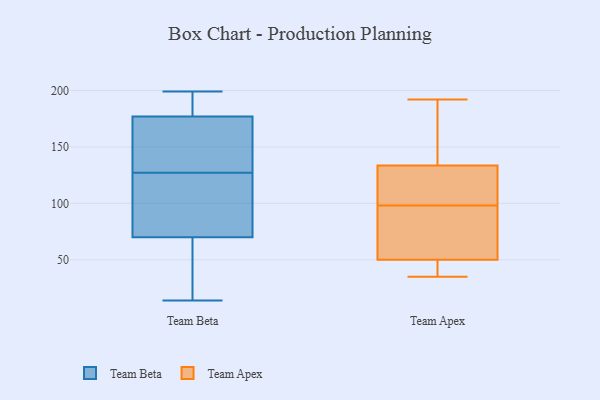
{"axis": {"x": "Humidity (%)", "y": "Value"}, "legend": ["Team Apex", "Team Beta"], "data": [{"x": "", "y": 199, "type": "Team Beta"}, {"x": "", "y": 111, "type": "Team Beta"}, {"x": "", "y": 124, "type": "Team Beta"}, {"x": "", "y": 26, "type": "Team Beta"}, {"x": "", "y": 170, "type": "Team Beta"}, {"x": "", "y": 198, "type": "Team Beta"}, {"x": "", "y": 70, "type": "Team Beta"}, {"x": "", "y": 130, "type": "Team Beta"}, {"x": "", "y": 177, "type": "Team Beta"}, {"x": "", "y": 194, "type": "Team Beta"}, {"x": "", "y": 14, "type": "Team Beta"}, {"x": "", "y": 178, "type": "Team Beta"}, {"x": "", "y": 121, "type": "Team Beta"}, {"x": "", "y": 157, "type": "Team Beta"}, {"x": "", "y": 58, "type": "Team Beta"}, {"x": "", "y": 101, "type": "Team Beta"}, {"x": "", "y": 142, "type": "Team Beta"}, {"x": "", "y": 56, "type": "Team Beta"}, {"x": "", "y": 98, "type": "Team Apex"}, {"x": "", "y": 35, "type": "Team Apex"}, {"x": "", "y": 41, "type": "Team Apex"}, {"x": "", "y": 107, "type": "Team Apex"}, {"x": "", "y": 50, "type": "Team Apex"}, {"x": "", "y": 46, "type": "Team Apex"}, {"x": "", "y": 192, "type": "Team Apex"}, {"x": "", "y": 155, "type": "Team Apex"}, {"x": "", "y": 87, "type": "Team Apex"}, {"x": "", "y": 112, "type": "Team Apex"}, {"x": "", "y": 176, "type": "Team Apex"}, {"x": "", "y": 159, "type": "Team Apex"}, {"x": "", "y": 98, "type": "Team Apex"}, {"x": "", "y": 80, "type": "Team Apex"}, {"x": "", "y": 50, "type": "Team Apex"}, {"x": "", "y": 101, "type": "Team Apex"}]}